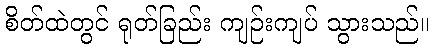
စိတ်ထဲတွင် ရုတ်ခြည်း ကျဉ်းကျပ် သွားသည်။